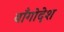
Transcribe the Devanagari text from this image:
बाँगोदेश